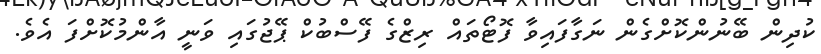
ކުދިން ބޭނުންކޮށްގެން ނަގާފައިވާ ފޮޓޯތައް ރިޒްގެ ފޭސްބުކް ޕޭޖުގައި ވަނީ އާންމުކޮށްފަ އެވެ.